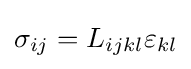
\sigma _{ij}=L_{ijkl}\varepsilon _{kl}